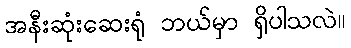
အနီးဆုံးဆေးရုံ ဘယ်မှာ ရှိပါသလဲ။